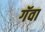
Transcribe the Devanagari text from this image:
गॅवा